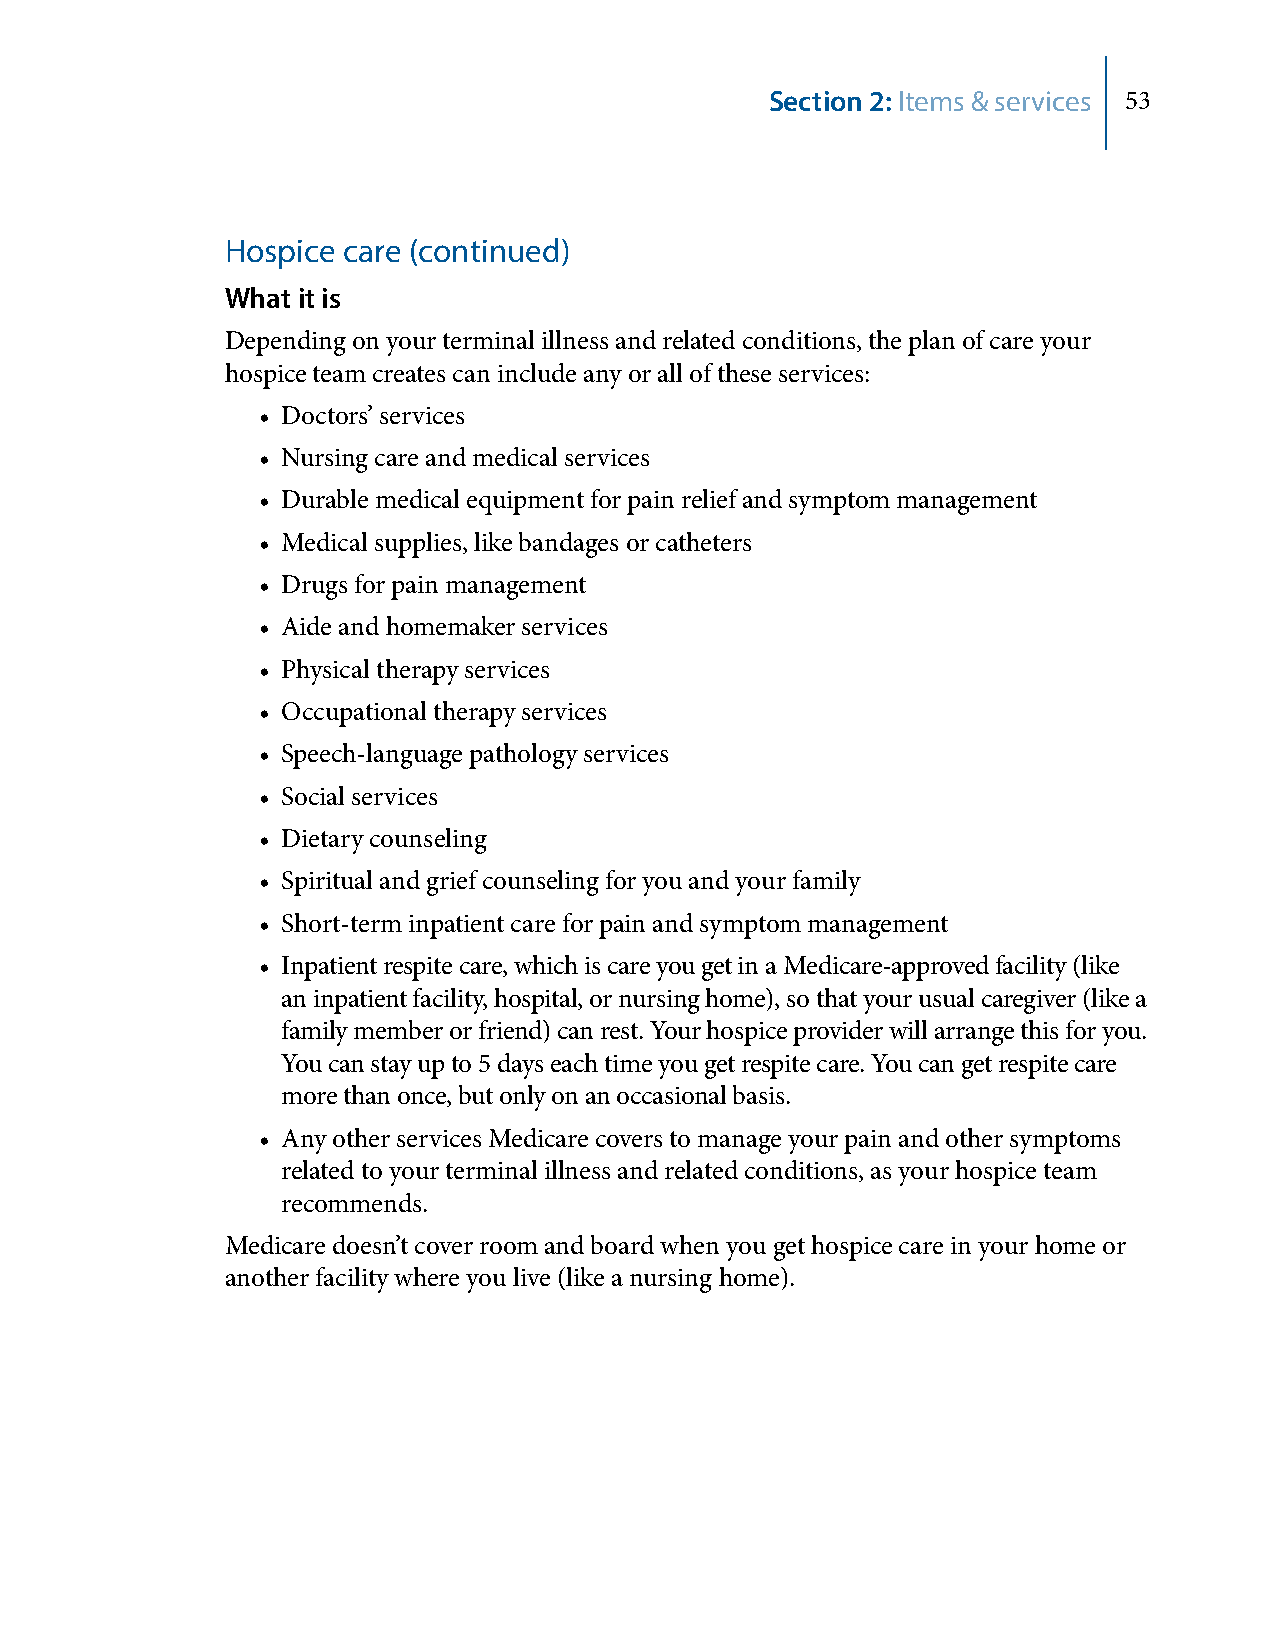
Section 2: Items & services 53
 Hospice care (continued)
 What it is
 Depending on your terminal illness and related conditions, the plan of care your
 hospice team creates can include any or all of these services:
 • Doctors’ services
 • Nursing care and medical services
 • Durable medical equipment for pain relief and symptom management
 • Medical supplies, like bandages or catheters
 • Drugs for pain management
 • Aide and homemaker services
 • Physical therapy services
 • Occupational therapy services
 • Speech-language pathology services
 • Social services
 • Dietary counseling
 • Spiritual and grief counseling for you and your family
 • Short-term inpatient care for pain and symptom management
 • Inpatient respite care, which is care you get in a Medicare-approved facility (like
 an inpatient facility, hospital, or nursing home), so that your usual caregiver (like a
 family member or friend) can rest. Your hospice provider will arrange this for you.
 You can stay up to 5 days each time you get respite care. You can get respite care
 more than once, but only on an occasional basis.
 • Any other services Medicare covers to manage your pain and other symptoms
 related to your terminal illness and related conditions, as your hospice team
 recommends.
 Medicare doesn’t cover room and board when you get hospice care in your home or
 another facility where you live (like a nursing home).